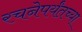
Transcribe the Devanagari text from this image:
रचनेपर्यंतच्या